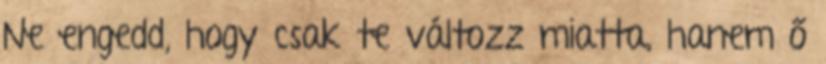
Ne engedd, hogy csak te változz miatta, hanem ő